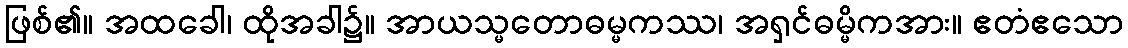
ဖြစ်၏။ အထခေါ၊ ထိုအခါ၌။ အာယသ္မတောဓမ္မကဿ၊ အရှင်ဓမ္မိကအား။ ဧတံဧသော